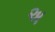
અ